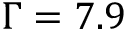
\Gamma = 7 . 9